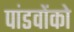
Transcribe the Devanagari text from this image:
पांडवोंको